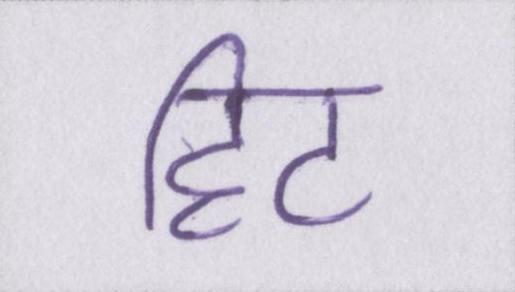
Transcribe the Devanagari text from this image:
हिट